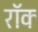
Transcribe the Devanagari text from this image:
रॉक्‍